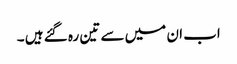
اب ان میں سے تین رہ گئے ہیں ۔